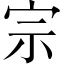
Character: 宗